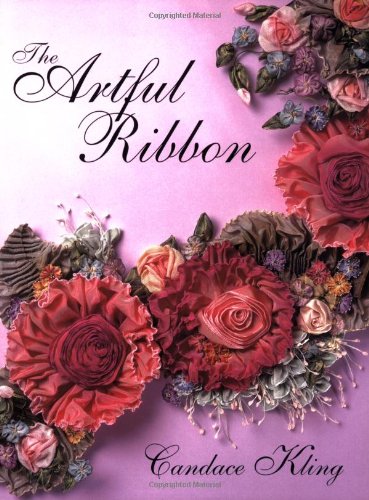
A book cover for The Artful Ribbon: Ribbon Flowers; Candace Kling; Crafts, Hobbies & Home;